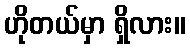
ဟိုတယ်မှာ ရှိလား။